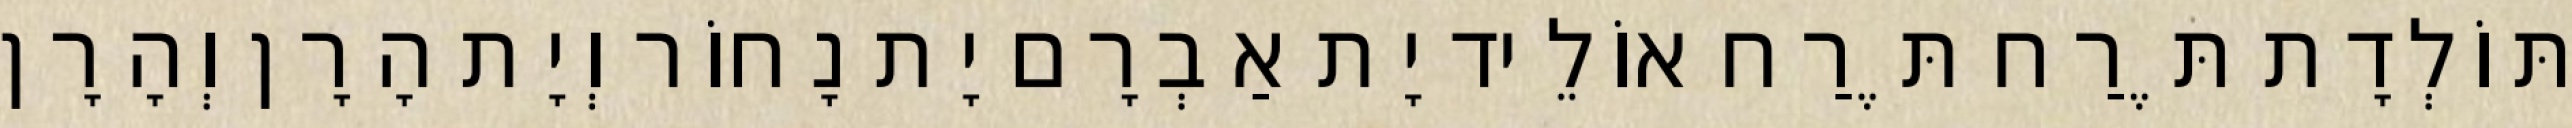
תּוֹלְדָת תֶּרַח תֶּרַח אוֹלֵיד יָת אַבְרָם יָת נָחוֹר וְיָת הָרָן וְהָרָן